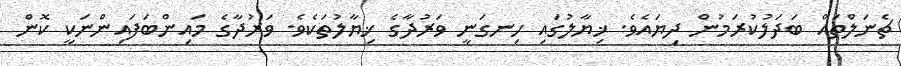
ޗެނަލްތައް ބަދަލުކުރަމުން ދިޔައެވެ. ޚިޔާލުގައި ހިނގަނީ ވަރުދާގެ ޚިޔާލުތަކެވެ. ވަރުދާގެ މައިންބަފައިންނަކީ ކޮން